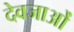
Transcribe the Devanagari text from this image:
देवजाओं